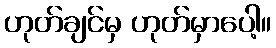
ဟုတ်ချင်မှ ဟုတ်မှာပေါ့။